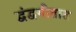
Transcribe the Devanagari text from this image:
द्वंद्वगीतात